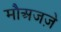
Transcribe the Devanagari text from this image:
मौअजज़े